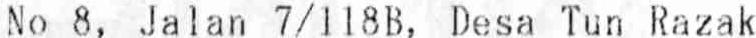
NO 8, JALAN 7/118B, DESA TUN RAZAK